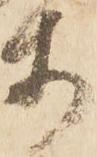
等